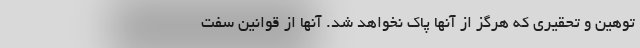
توهین‌ و تحقیری که هرگز از آنها پاک نخواهد شد. آنها از قوانین سفت